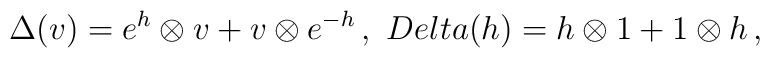
\Delta(v)=e^h\otimes v+v\otimes e^{-h}\,,\ \ \\Delta(h)=h\otimes 1+1\otimes h\,,